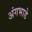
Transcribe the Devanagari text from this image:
अंगभाडे